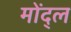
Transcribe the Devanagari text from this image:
मोंद्ल